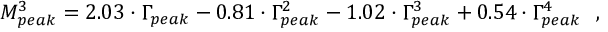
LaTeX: M _ { p e a k } ^ { 3 } = 2 . 0 3 \cdot \Gamma _ { p e a k } - 0 . 8 1 \cdot \Gamma _ { p e a k } ^ { 2 } - 1 . 0 2 \cdot \Gamma _ { p e a k } ^ { 3 } + 0 . 5 4 \cdot \Gamma _ { p e a k } ^ { 4 } ~ ~ ,